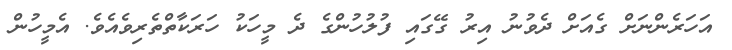
އަހަރެންނަށް ގެއަށް ދެވުނު އިރު ގޭގައި ފުލުހުންގެ ދެ މީހަކު ހަރަކާތްތެރިވެއެވެ. އެމީހުން